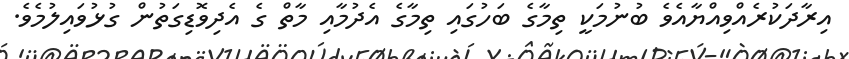
އިރާދަކުރެއްވިއްޔާއެވެ ބުނުމަކީ ތިމާގެ ބަހުގައި ތިމާގެ އެދުމާއި މާތް ގެ އެދިވޮޑިގަތުން ގުޅުވައިލުމެވެ.